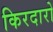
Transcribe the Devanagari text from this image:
किरदारो